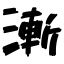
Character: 漸